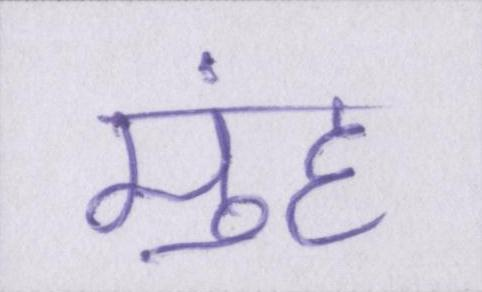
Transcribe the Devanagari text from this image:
मुंह